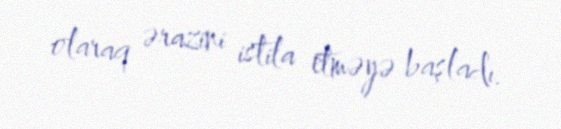
olaraq ərazini istila etməyə başladı.